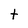
Character: t